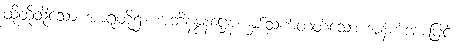
ထိုထိုသို့သော အာရုံတို့၌။ အဘိနန္ဒနဋ္ဌေန၊ နှစ်သက်တတ်သော အနက်အားဖြင့်။